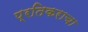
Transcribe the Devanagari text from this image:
प्रतिकराचा